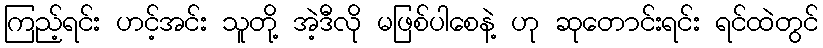
ကြည့်ရင်း ဟင့်အင်း သူတို့ အဲ့ဒီလို မဖြစ်ပါစေနဲ့ ဟု ဆုတောင်းရင်း ရင်ထဲတွင်